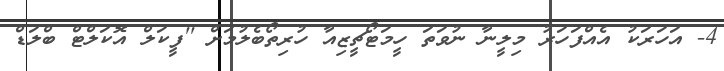
4- އަހަރަކު އެއްފަހަރު މިލީނާ ނުވަތަ ހީމަޓޯޗީޒިއާ ހުރިތޯބެލުމަށް ''ފީކަލް އޮކަލްޓް ބްލަޑް